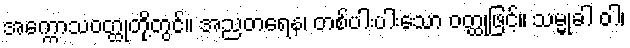
အက္ကောသဝတ္ထုတို့တွင်။ အညတရေန၊ တစ်ပါးပါးသော ဝတ္ထုဖြင့်။ သမ္မုခါ ဝါ၊